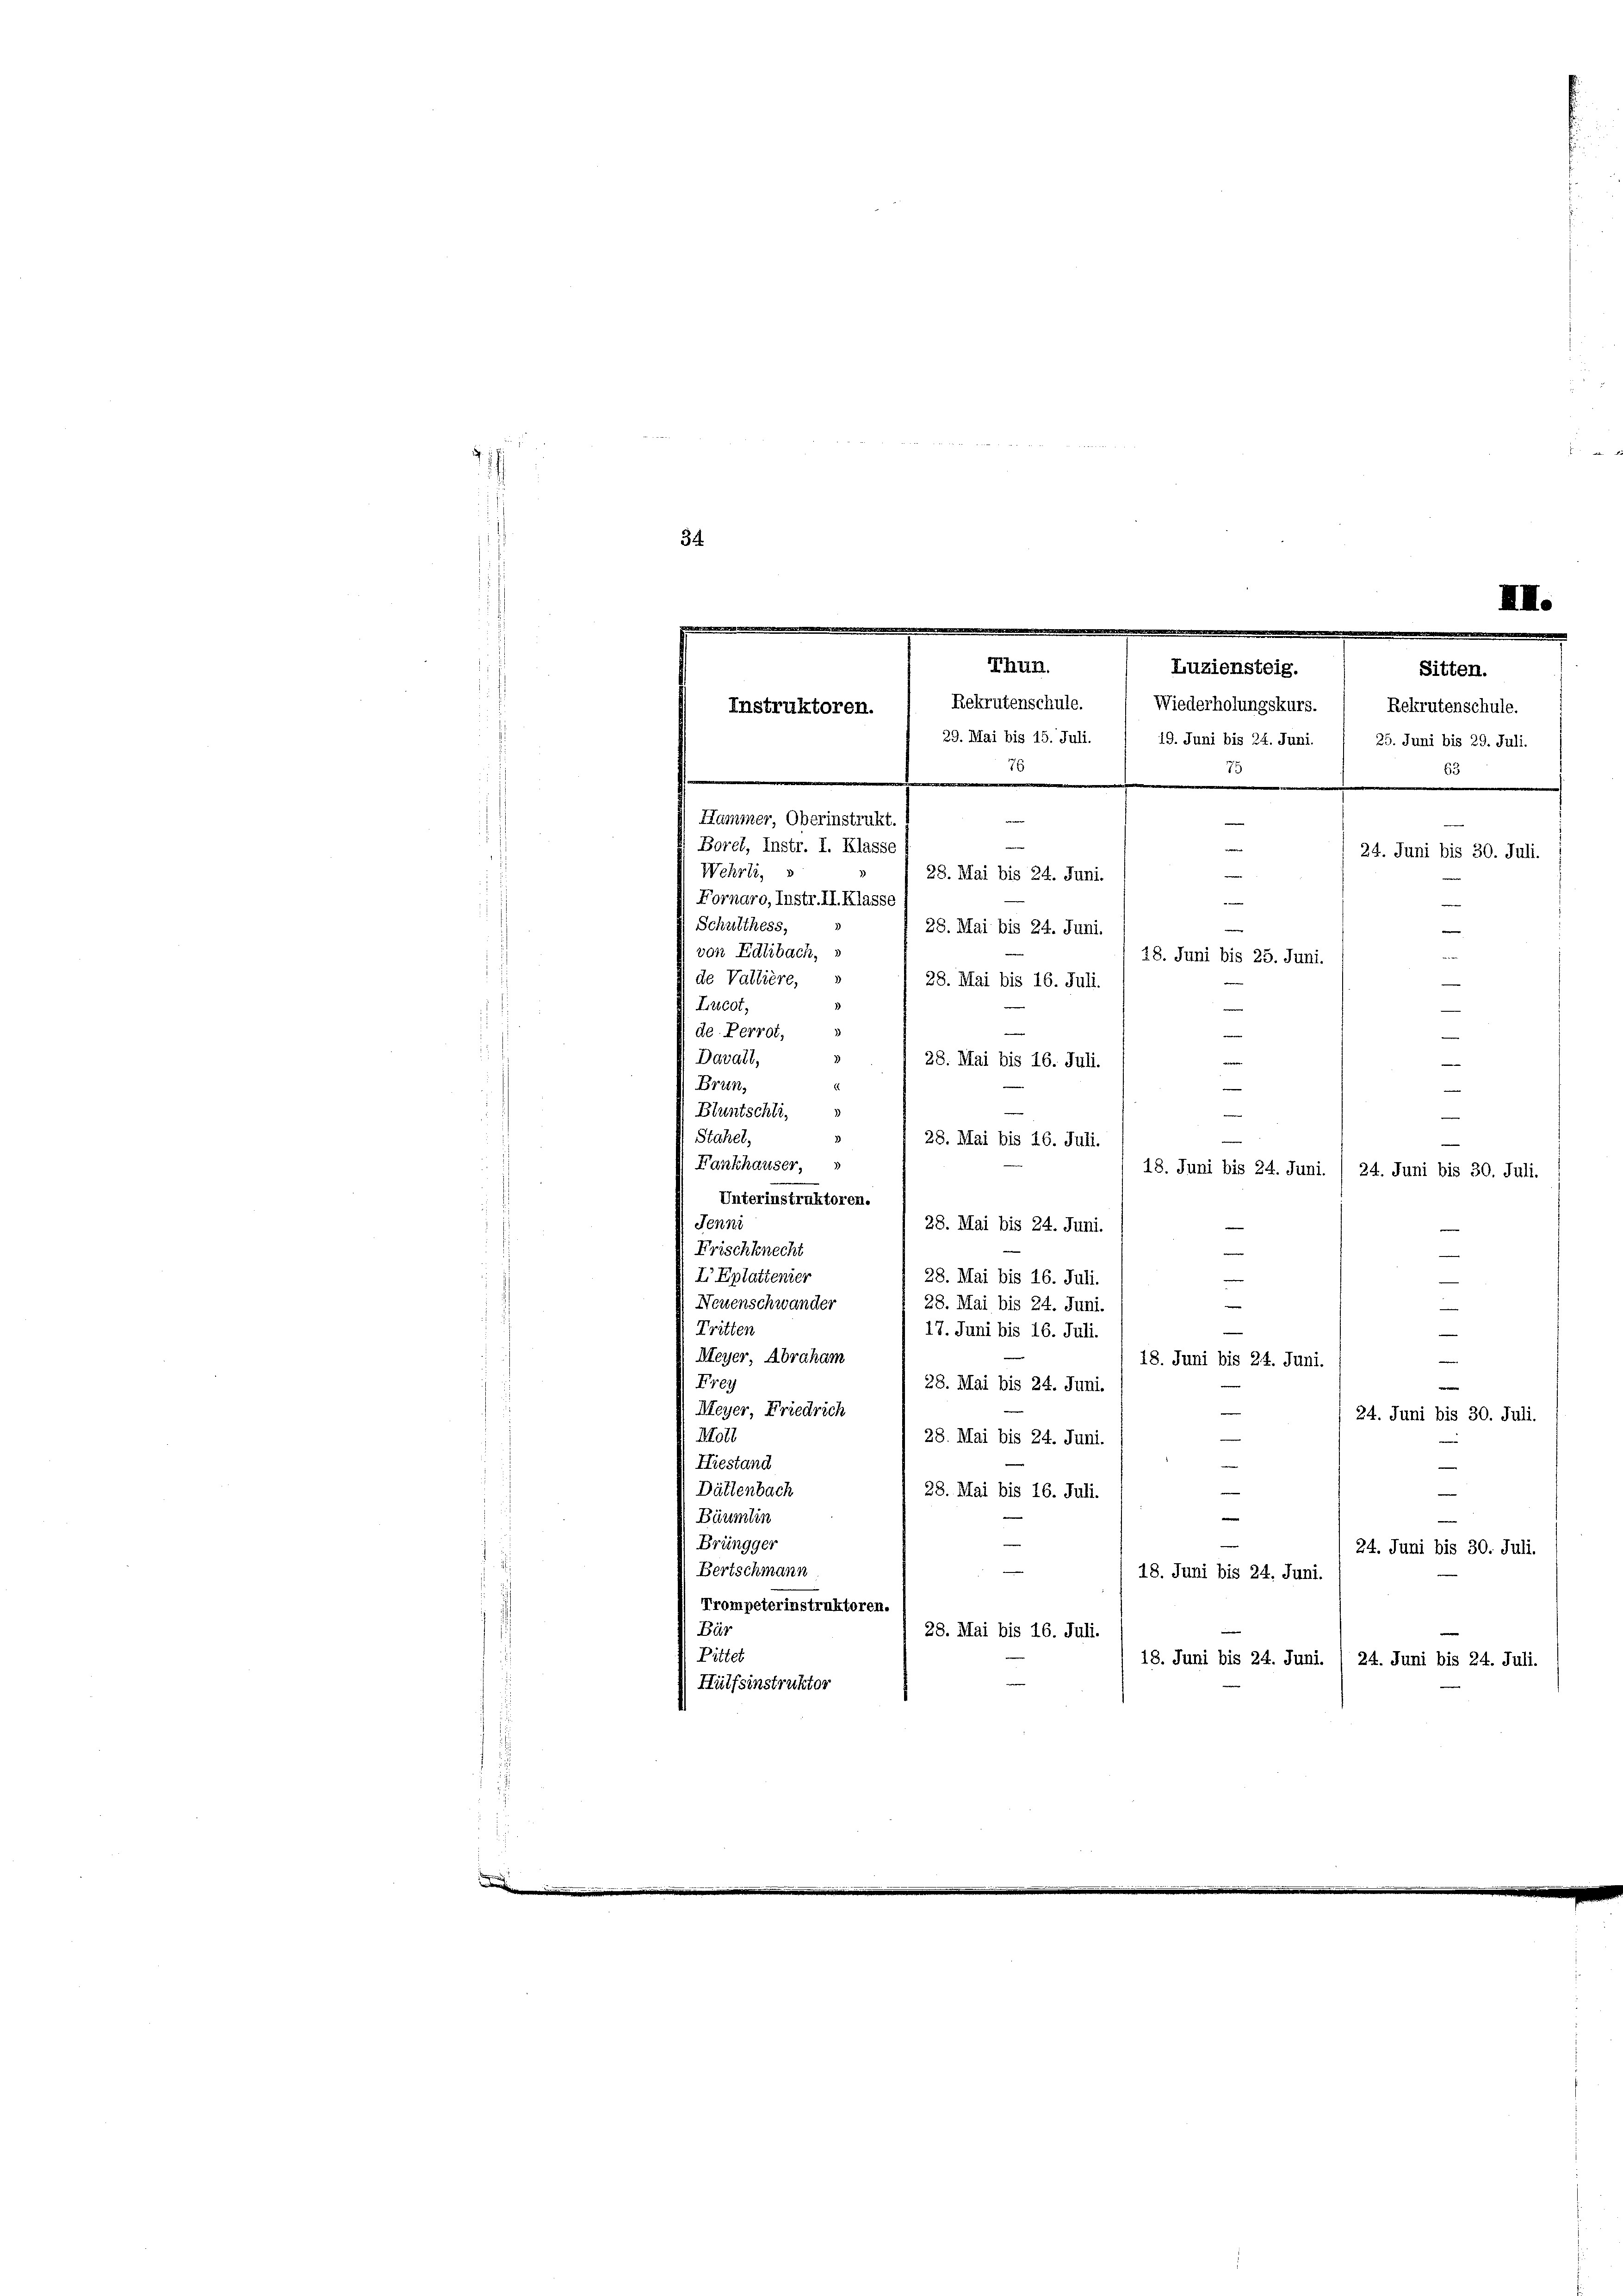
.
34

III.
Thun.
Luziensteig.
Sitten.
Rekrutenschule. Wiederholungskurs. ( Rekrutenschule.
Instruktoren.
s
29. Mai bis 15. Juli. / 19. Juni bis 24. Juni. 1 25. Juni bis 29. Juli.
7
u
53
e
e
Hammer, Oberinstrukt.
e
e
d
Borel, Instr. I. Klasse
24. Juni bis 30. Juli.
Wehrli, s
28. Mai bis 24. Juni.
Fornaro, Instr. II. Klasse
e

Schulthess,
28. Mai bis 24. Juni.
von Edlibach,
de Vallière, s
28. Mai bis 16. Juli.
Lucot,
de Perrot,
J
27
3
Davall,
28. Mai bis 16. Juli.
e
Brun¬
Bluntschli,
Stahel,
», 28. Mai bis 16. Juli.
Fankhauser,
18. Juni bis 24. Juni. / 24. Juni bis 30. Juli.
Unterinstruktoren.
Jenni
28. Mai bis 24. Juni.
Frischknecht
I Eplattenier
28. Mai bis 16. Juli.
e
Neuenschwander
28. Mai bis 24. Juni.
Tritten
17. Juni bis 16. Juli
Meyer, Abraham
18. Juni bis 24. Juni.
Frey
¬
28. Mai bis 24. Juni.
Meyer, Friedrich
24. Juni bis 30. Juli.
Moll
28. Mai bis 24. Juni.
Hiestand
¬
Dättenbach
—
23. Mai bis 16. Jul. 1
Bäumlin
Brüngger
24. Juni bis 30. Juli.
Bertschmann
18. Juni bis 24. Juni.
Trompeterinstruktoren.
Bär
28. Mai bis 16. Juli.
Pittet
18. Juni bis 24. Juni. (24. Juni bis 24. Juli.
Hülfsinstruktor

.
.
18. Juni bis 25. Juni
—
d
inner

m